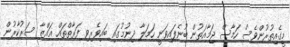
މީގެއިތުރުންވެސް ހަމާސް ޖަމާއަތުން ބުނެފައިވަނީ ހަމަލާ ދިނުމުގައި ބައިވެރިވި ފަރާތްތައް ޣައްޒާ ސަރުކާރުން